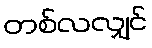
တစ်လလျှင်